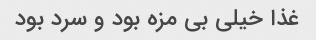
غذا خیلی بی مزه بود و سرد بود